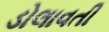
ડોલાવતી